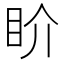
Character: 𥄍